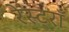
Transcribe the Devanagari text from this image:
रेस्ट्राँ